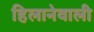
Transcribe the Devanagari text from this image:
हिलानेवाली